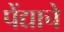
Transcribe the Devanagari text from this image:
पेंद्याचे